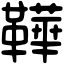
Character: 鞾